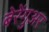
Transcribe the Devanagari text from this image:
बेरेंगुअर